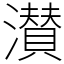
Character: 濽